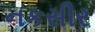
નકસીર